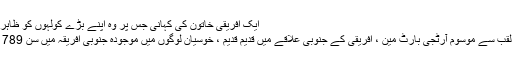
ایک افریقی خاتون کی کہانی جس پر وہ اپنے بڑے کولہوں کو ظاہر کرنے پر مجبور ہوئے
Sہارٹینٹوٹ وینس کے لقب سے موسوم آرٹجی بارٹ مین ، افریقی کے جنوبی علاقے میں قدیم قدیم ، خوسیان لوگوں میں موجودہ جنوبی افریقہ میں سن 1789 کے قریب پیدا ہوا تھا۔